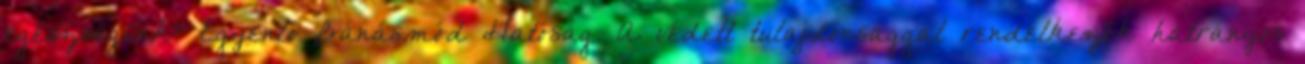
egészségünk? Egyenlő Bánásmód Hatóság. A védett tulajdonsággal rendelkezők hátrányos